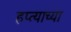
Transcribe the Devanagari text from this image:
हप्‍त्याच्या